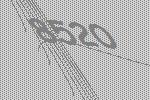
8520